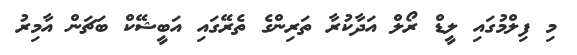
މި ފިލްމުގައި ލީޑް ރޯލް އަދާކުރާ ތަރިންގެ ތެރޭގައި އަބީޝޭކް ބަޗަން އާމިރު